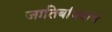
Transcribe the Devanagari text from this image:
जातिबांधवांचे